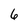
Character: 6